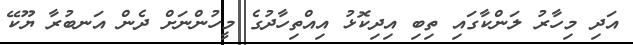
އަދި މިހާރު ލަންކާގައި ތިބި އިދިކޮޅު އިއްތިހާދުގެ މީހުންނަށް ދެން އަނބުރާ ޔޫކޭ